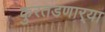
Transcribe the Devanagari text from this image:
कुरतडणार्‍या